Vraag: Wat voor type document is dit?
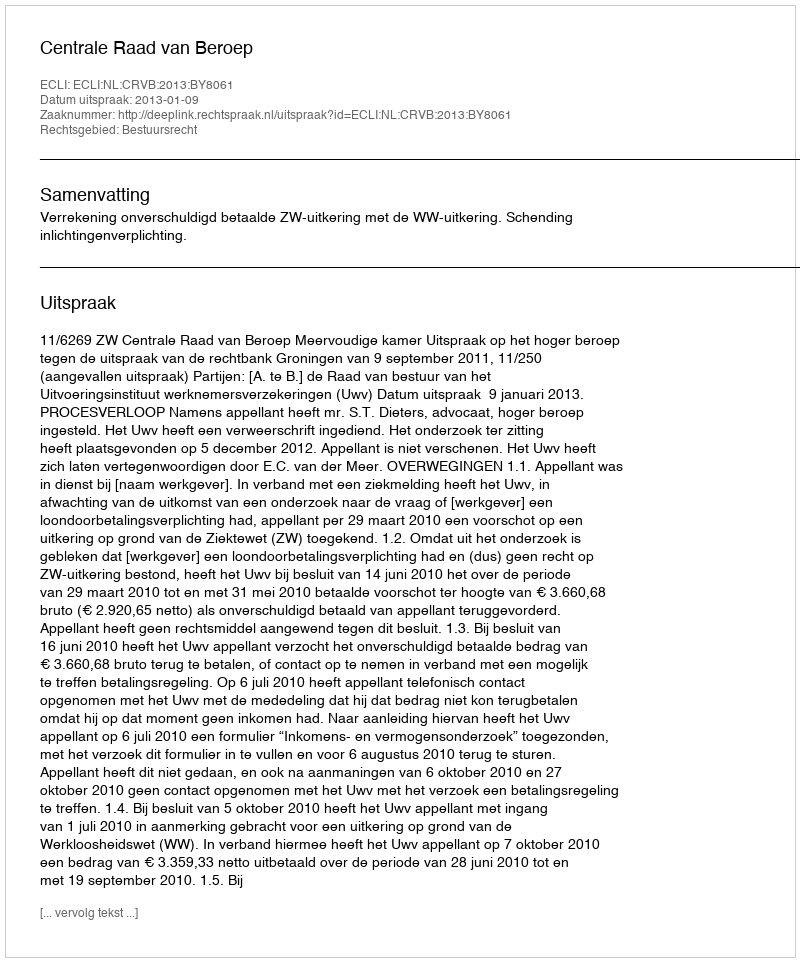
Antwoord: Uitspraak